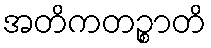
အတိကတဉ္စာတိ